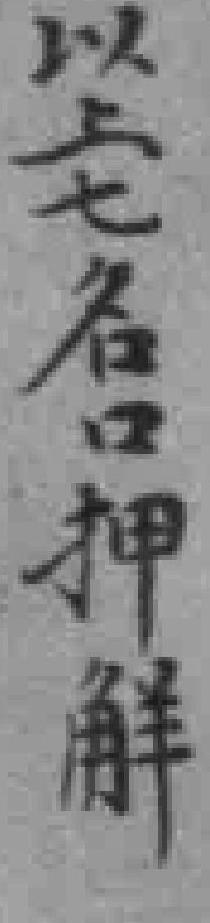
以上七名口押觧